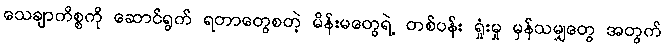
သေချာကိစ္စကို ဆောင်ရွက် ရတာတွေစတဲ့ မိန်းမတွေရဲ့ တစ်ပန်း ရှုံးမှု မှန်သမျှတွေ အတွက်